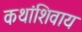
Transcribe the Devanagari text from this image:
कथांशिवाय